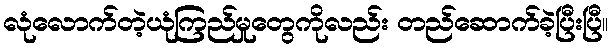
လုံလောက်တဲ့ယုံကြည်မှုတွေကိုလည်း တည်ဆောက်ခဲ့ပြီးပြီ။